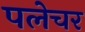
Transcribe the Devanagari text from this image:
पलेचर